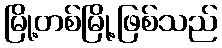
မြို့တစ်မြို့ဖြစ်သည်